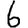
Digit: 6